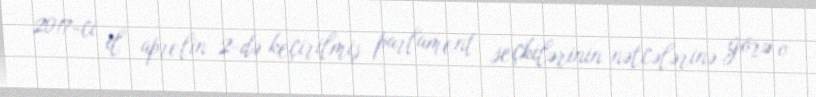
2017-ci il aprelin 2-də keçirilmiş parlament seçkilərinin nətcələrinə görə o